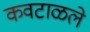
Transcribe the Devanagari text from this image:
कवटाळले